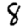
Digit: 8